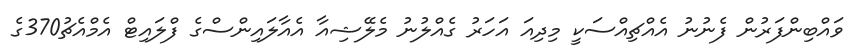
ވައްބިންފަރުން ފެނުނު އެއްޗިއްސަކީ މިދިއަ އަހަރު ގެއްލުނު މެލޭޝިއާ އެއާލައިންސްގެ ފްލައިޓް އެމްއެޗު370ގެ